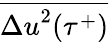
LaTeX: \overline{{{\Delta u}^{2}(\tau^{+})}}